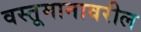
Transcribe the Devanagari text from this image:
वस्तूमानावरील